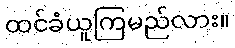
ထင်ခံယူကြမည်လား။